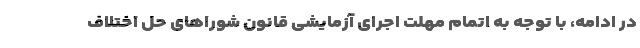
در ادامه، با توجه به اتمام مهلت اجرای آزمایشی قانون شوراهای حل اختلاف